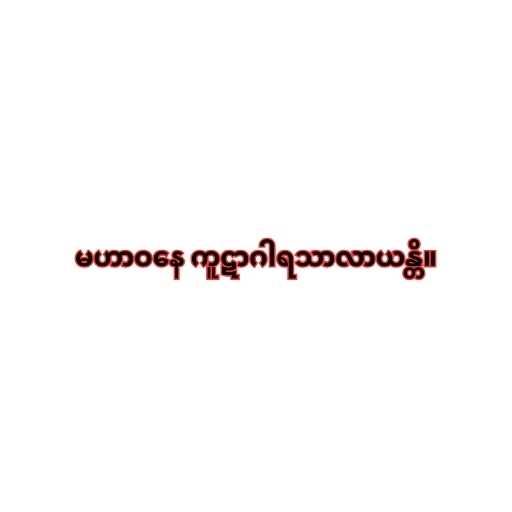
မဟာဝနေ ကူဋာဂါရသာလာယန္တိ။